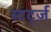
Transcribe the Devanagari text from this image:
स्टर्ट्ज़